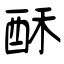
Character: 酥